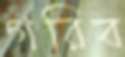
গরিব